Riigikantselei, lk 27
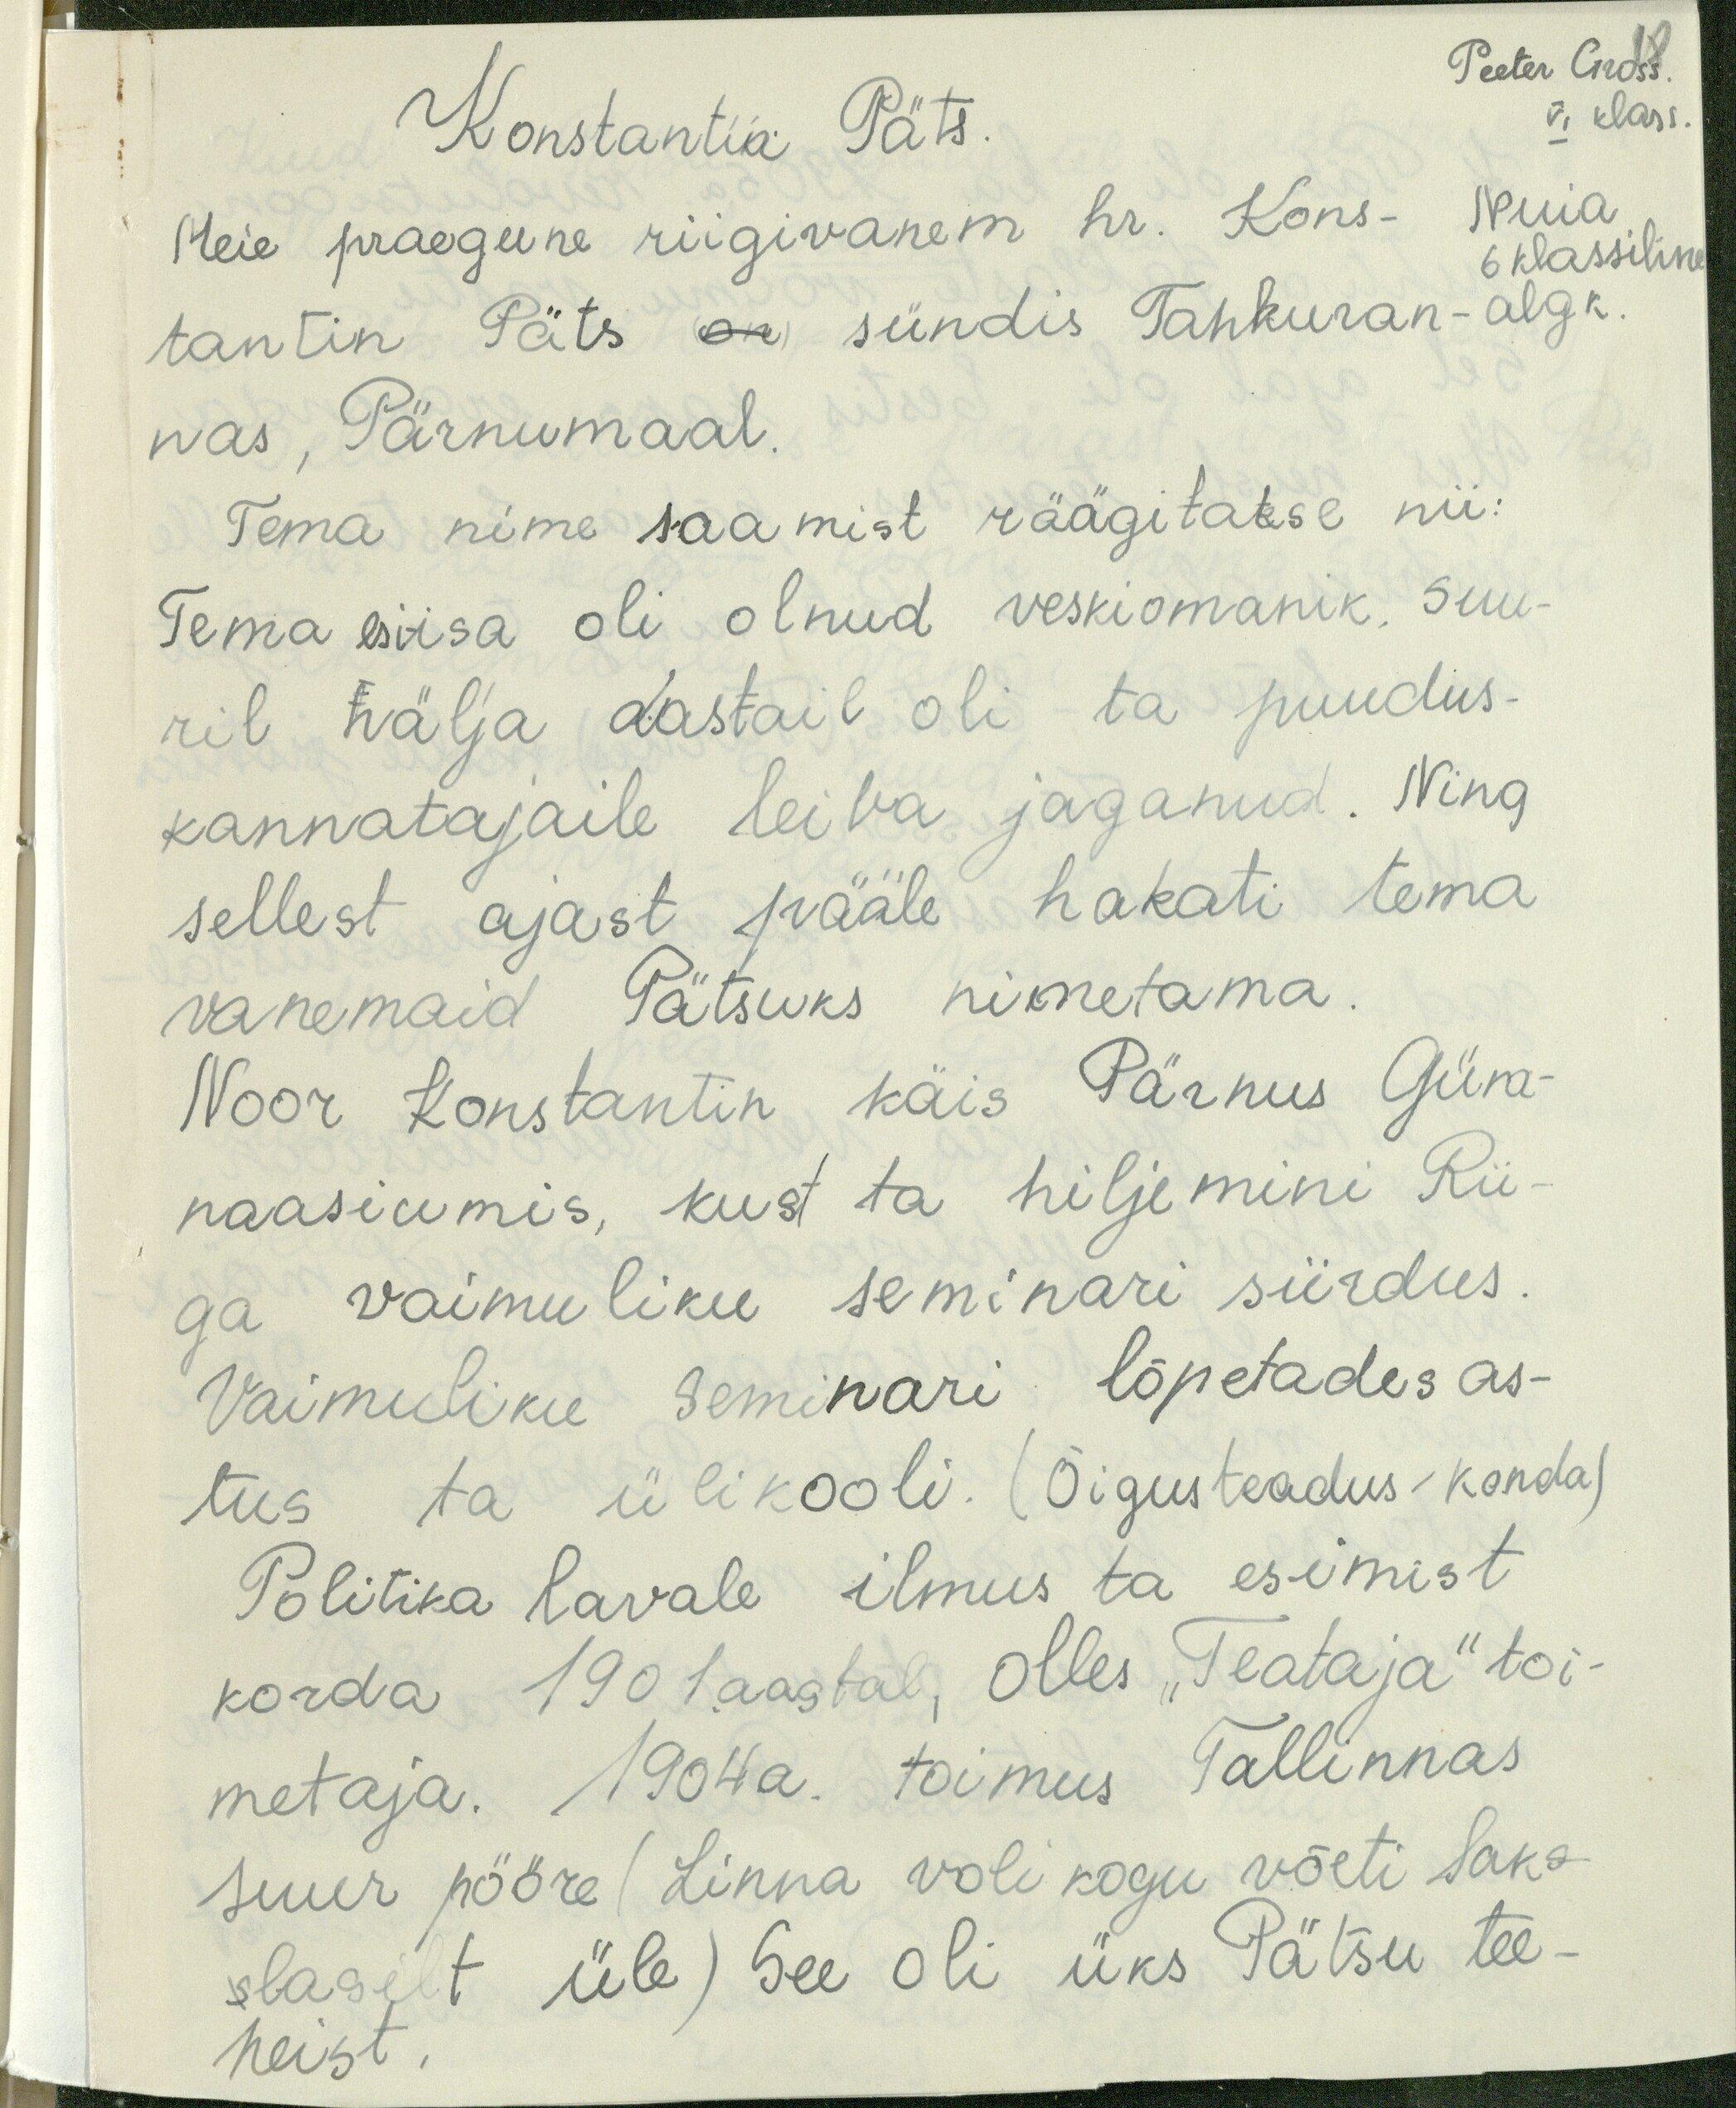
Peeter Gross.
VI klass
Nuia
6 klassiline
Konstantin Päts
Meie praegune riigivanem hr. Kons-
tantin Päts on sündis Tahkuran-
algk
nas, Pärnumaal.
Tema nime saamist räägitakse nii:
Tema esiisa oli olnud veskiomanik. Suu-
ril nälja aastail oli ta puudus-
kannatajaile leiba jaganud. Ning
sellest ajast pääle hakati tema
vanemaid Pätsuks nimetama
Noor Konstantin käis Pärnus Güm-
naasiumis, kust ta hiljemini Rii
ga vaimuliku seminari siirdus
Vaimuliku seminari lõpetades as-
tus ta ülikooli. (Õigusteadus-konda)
Politika lavale ilmus ta esimist
korda 1901.aastal, olles "Teataja" toi-
metaja. 1904 a. toimus Tallinnas
suur pööre (Linna voli kogu võeti Saks-
slasilt üle) See oli üks Pätsu tee-
neist.